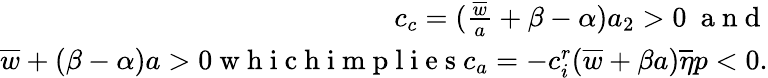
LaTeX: \begin{array}{r}{c_{c}=(\frac{\overline{w}}{a}+\beta-{\alpha})a_{2}>0\ \mathrm{~a~n~d~}}\\ {\overline{w}+(\beta-{\alpha})a>0\mathrm{~w~h~i~c~h~i~m~p~l~i~e~s~}c_{a}=-c_{i}^{r}(\overline{w}+\beta a)\overline{\eta}p<0.}\end{array}